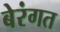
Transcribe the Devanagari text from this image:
बेरंगत